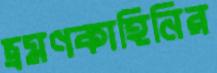
ভ্রমণকাহিনির